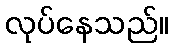
လုပ်နေသည်။